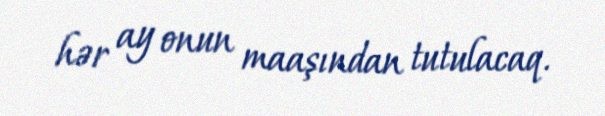
hər ay onun maaşından tutulacaq.